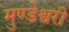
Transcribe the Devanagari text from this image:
मुण्डेश्वरी